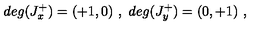
d e g ( J _ { x } ^ { + } ) = ( + 1 , 0 ) \ , \ d e g ( J _ { y } ^ { + } ) = ( 0 , + 1 ) \ ,